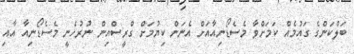
ބަލްކަންގެ ގައުމެއް ކަމަށްވާ މެސެޑޯނިއާއަށް އެނަން ކިޔުމަށް ގްރީސްއިން ނުރުހެނީ މެސެޑޯނިއާ އާއި